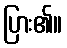
ပြား၏။